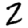
Digit: 2